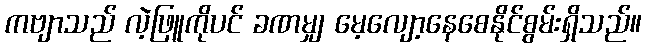
ကဗျာသည် လဲ့ဖြူကိုပင် ခဏမျှ မေ့လျော့နေစေနိုင်စွမ်းရှိသည်။